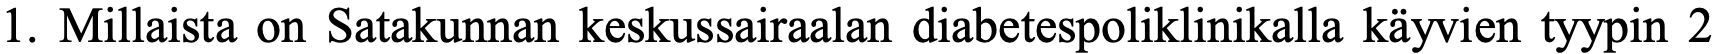
1. Millaista on Satakunnan keskussairaalan diabetespoliklinikalla käyvien tyypin 2